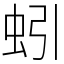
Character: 蚓